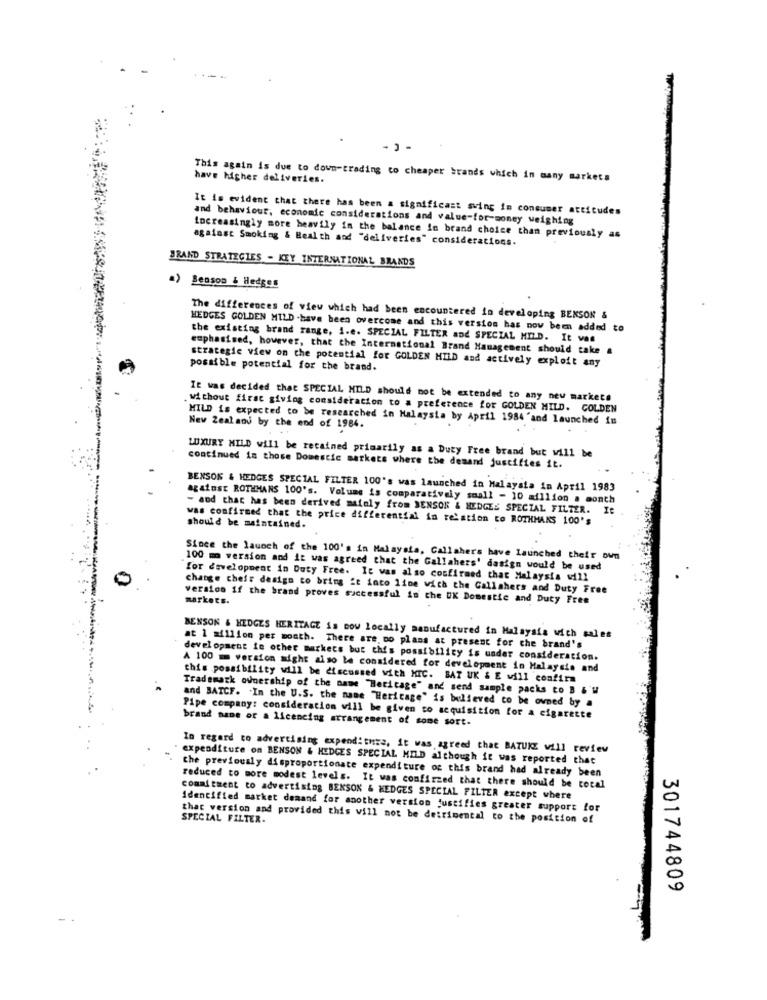
This again is due to down-trading co cheaper brands which in many markets
have higher deliveries.
It is evident that there has been a significant sving in consumer attitudes
and behaviour, economic considerations and value-for-money weighing
against Smoking & Beal th and "deliveries" considerations.
increasingly more heavily in the balance in brand choice than previously as
BRAND STRATEGIES - KEY INTERNATIONAL BRANDS
Benson & Hedges
The differences of view which had been encountered in developing BENSON &
HEDGES GOLDEN MILD -have been overcome and this version has now been added to
the existing brand range, i.e. SPECIAL FILTER and SPECIAL MILD. It van
emphasised, however, that the International Brand Management should take a
strategic view on the potential for GOLDEN MILD and actively exploit any
possible potential for the brand.
It was decided that SPECIAL MILD should not be extended to any new markets
.without first giving consideration to a preference for GOLDEN MILD. GOLDEN
MILD is expected to be researched in Malaysia by April 1984 'and launched in
New Zealand by the end of 1984.
LUXURY MILD will be retained primarily as a Duty Free brand but will be
continued in those Domestic markets where the demand justifies it.
BENSON & HEDGES SPECIAL FILTER 100's was launched in Malaysia in April 1983
against ROTHMANS 100's. Volume is comparatively small - 10 million a month
- and that has been derived matoly from SENSOR & HEDGES SPECIAL FILTER. It
was confirmed that the price differential in relation to ROTHMANS 100'S
should be maintained.
Since the launch of the 100's in Malaysia, Callaher's have Launched their own
100 mm version and it was agreed that the Gallahers' dasign would be used
for development in Duty Free. It was also confirmed that Malaysia will
change their design to bring it into line with the Callshers and Duty Free
version if the brand proves successful in the UK Domestic and Duty Free
markets.
BENSON & HEDGES HERITAGE is now locally manufactured in Malaysia with sales
at 1 million per month. There are, no plans at present for che brand's
development ie other markets but this possibility is under consideration.
A 100 m version might also be considered for development in Malaysia and
this possibility will be discussed with MIC. BAT UK & E will confirm
Trademark ownership of the name "Heritage" and send sample packs to B &W
and BATCF. 'In the U.S. the name "Heritage" is believed to be owned by a
Pipe company: consideration will be given to acquisition for a cigarette
brand name or a licencing arrangement of some sort.
In regard to advertising expenditure, it was agreed that BATUKZ will review
. expenditure on BENSON & HEDGES SPECIAL MILD although it was reported that
the previously disproportionate expenditure of this brand had already been
reduced to more modest levels. It was confirmed that there should be total
commitment to advertising BENSON & KEDGES SPECIAL FILTER except where
identified market demand for another version justifies greater support for
SPECIAL FILTER.
that version and provided this will not be detrimental to the position of
301744809